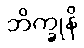
ဘိက္ခုနိ